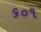
૬૦૧